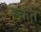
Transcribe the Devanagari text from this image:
स्कते